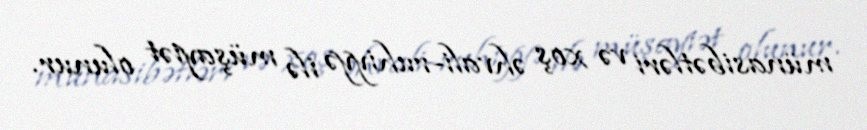
münasibətləri və xoş əhvali-ruhiyyə ilə müşayiət olunur.